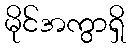
မိုင်အကွာရှိ